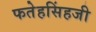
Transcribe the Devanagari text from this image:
फतेहसिंहजी